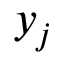
y _ { j }